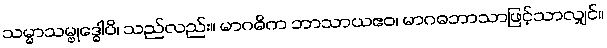
သမ္မာသမ္ဗုဒ္ဓေါပိ၊ သည်လည်း။ မာဂဓိက ဘာသာယဧဝ၊ မာဂဓဘာသာဖြင့်သာလျှင်။